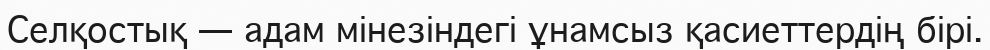
Селқостық — адам мінезіндегі ұнамсыз қасиеттердің бірі.